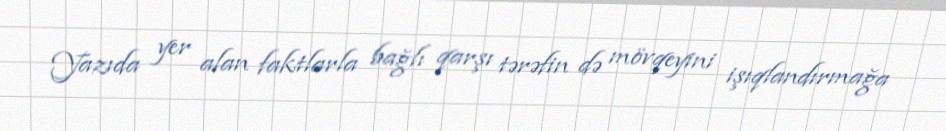
Yazıda yer alan faktlarla bağlı qarşı tərəfin də mövqeyini işıqlandırmağa